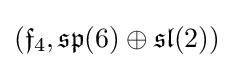
({\mathfrak {f}}_{4},{\mathfrak {sp}}(6)\oplus {\mathfrak {sl}}(2))